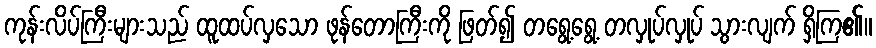
ကုန်းလိပ်ကြီးများသည် ထူထပ်လှသော ဖုန်တောကြီးကို ဖြတ်၍ တရွေ့ရွေ့ တလှုပ်လှုပ် သွားလျက် ရှိကြ၏။